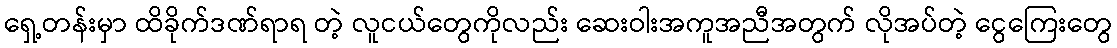
ရှေ့တန်းမှာ ထိခိုက်ဒဏ်ရာရ တဲ့ လူငယ်တွေကိုလည်း ဆေးဝါးအကူအညီအတွက် လိုအပ်တဲ့ ငွေကြေးတွေ